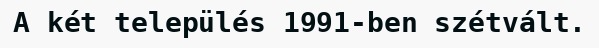
A két település 1991-ben szétvált.